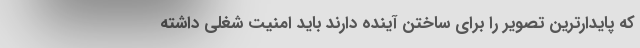
که پایدارترین تصویر را برای ساختن آینده دارند باید امنیت شغلی داشته